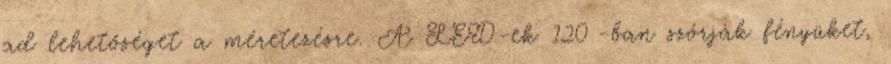
ad lehetőséget a méretezésre. A LED-ek 120°-ban szórják fényüket,